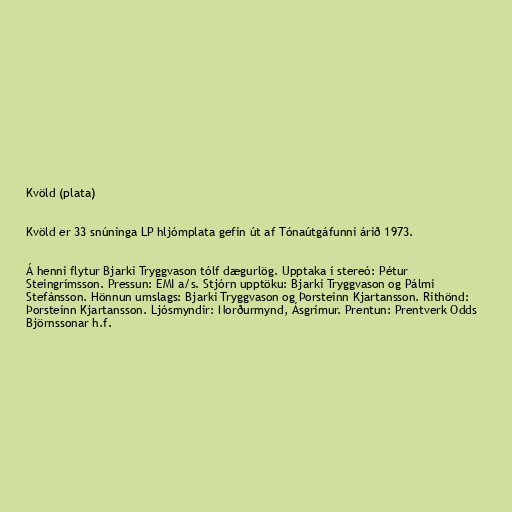
Kvöld (plata)

Kvöld er 33 snúninga LP hljómplata gefin út af Tónaútgáfunni árið 1973.

Á henni flytur Bjarki Tryggvason tólf dægurlög. Upptaka í stereó: Pétur
Steingrímsson. Pressun: EMI a/s. Stjórn upptöku: Bjarki Tryggvason og Pálmi
Stefánsson. Hönnun umslags: Bjarki Tryggvason og Þorsteinn Kjartansson. Rithönd:
Þorsteinn Kjartansson. Ljósmyndir: Norðurmynd, Ásgrímur. Prentun: Prentverk Odds
Björnssonar h.f.